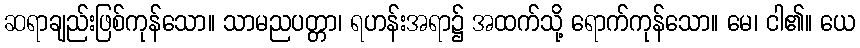
ဆရာချည်းဖြစ်ကုန်သော။ သာမညပတ္တာ၊ ရဟန်းအရာ၌ အထက်သို့ ရောက်ကုန်သော။ မေ၊ ငါ၏။ ယေ